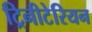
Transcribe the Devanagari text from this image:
ट्रिनीटेरियन